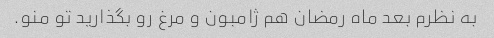
به نظرم بعد ماه رمضان هم ژامبون و مرغ رو بگذارید تو منو.